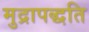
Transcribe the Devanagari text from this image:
मुद्रापद्धति